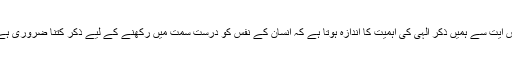
اس آیت سے ہمیں ذکرِ الہٰی کی اہمیت کا اندازہ ہوتا ہے کہ انسان کے نفس کو درست سمت میں رکھنے کے لیے ذکر کتنا ضروری ہے۔